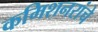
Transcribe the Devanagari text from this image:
कमिशनरांचे